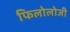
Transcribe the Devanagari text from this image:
फिलोलोजी